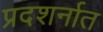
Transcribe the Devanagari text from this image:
प्रदशर्नात